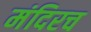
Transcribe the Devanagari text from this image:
मंदिरच